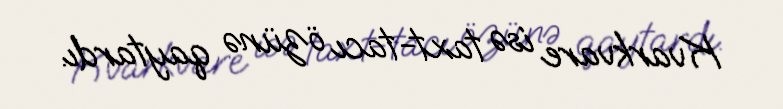
Kvarkvare isə taxt-tacı özünə qaytardı.